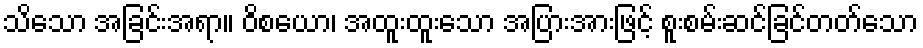
သိသော အခြင်းအရာ။ ဝိစယော၊ အထူးထူးသော အပြားအားဖြင့် စူးစမ်းဆင်ခြင်တတ်သော